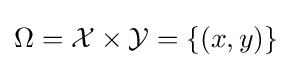
\Omega ={\mathcal {X}}\times {\mathcal {Y}}=\{(x,y)\}